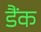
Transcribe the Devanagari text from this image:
डैंक